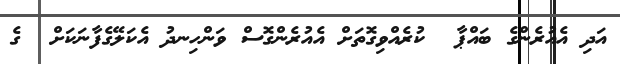
އަދި އެއުރެންގެ ބައްޕާ  ކުރެއްވިގޮތަށް އެއުރެންގޮސް ވަންހިނދު އެކަލޭގެފާނަކަށް  ގެ